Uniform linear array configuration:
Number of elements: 32
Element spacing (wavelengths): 0.75
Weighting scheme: exponential
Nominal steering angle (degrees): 30
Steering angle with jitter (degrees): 30.822
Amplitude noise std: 0.05
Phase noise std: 0.05

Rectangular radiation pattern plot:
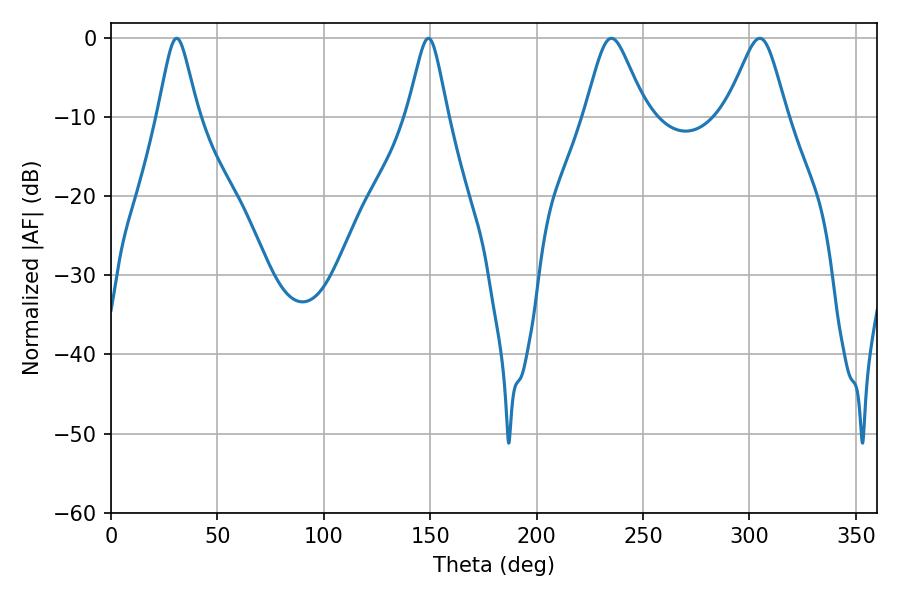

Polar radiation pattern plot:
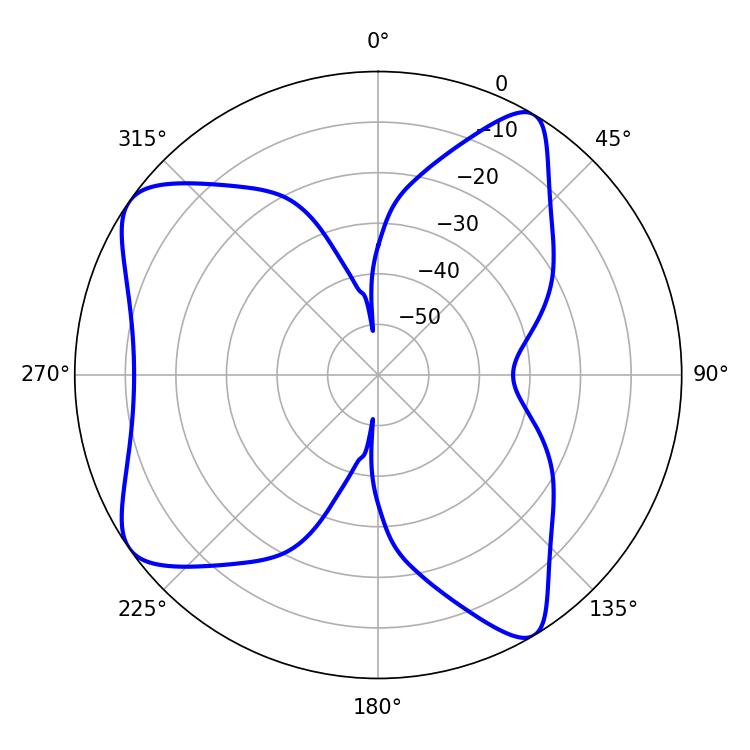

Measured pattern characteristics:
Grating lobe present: TRUE
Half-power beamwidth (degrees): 13.86
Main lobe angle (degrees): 235.08